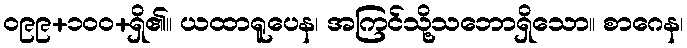
ဝ၉၉+၁၀၀+ရှိ၏။ ယထာရူပေန၊ အကြင်သို့သဘောရှိသော။ စာဂေန၊